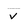
Character: v